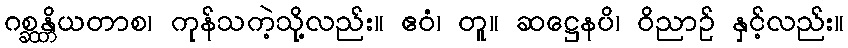
ဂစ္ဆန္တိယတာစ၊ ကုန်သကဲ့သို့လည်း။ ဧဝံ၊ တူ။ ဆဋ္ဌေနပိ၊ ဝိညာဉ် နှင့်လည်း။